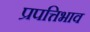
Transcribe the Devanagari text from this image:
प्रपत्तिभाव